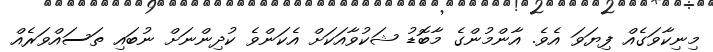
މިނިކާވަގެއް ފިޔަވަ އެވެ. އާންމުންގެ މާބޮޑު ޝަކުވާއަކަށް އެކަންވެ ކުދިންނަށް ނުބައި ތަސައްވަރެއް